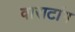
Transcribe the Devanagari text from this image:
वाराटांग